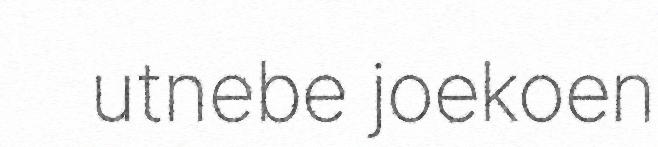
utnebe joekoen